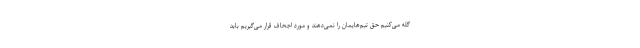
گله می‌کنیم حق تیم‌هایمان را نمی‌دهند و مورد اجحاف قرار می‌گیریم باید